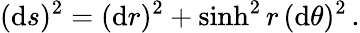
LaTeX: (\mathrm{d}s)^{2}=(\mathrm{d}r)^{2}+\sinh^{2}r\, (\mathrm{d}\theta)^{2}\, .